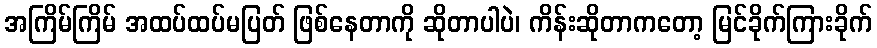
အကြိမ်ကြိမ် အထပ်ထပ်မပြတ် ဖြစ်နေတာကို ဆိုတာပါပဲ၊ ကိန်းဆိုတာကတော့ မြင်ခိုက်ကြားခိုက်